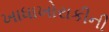
ખાધાખોરાકીની